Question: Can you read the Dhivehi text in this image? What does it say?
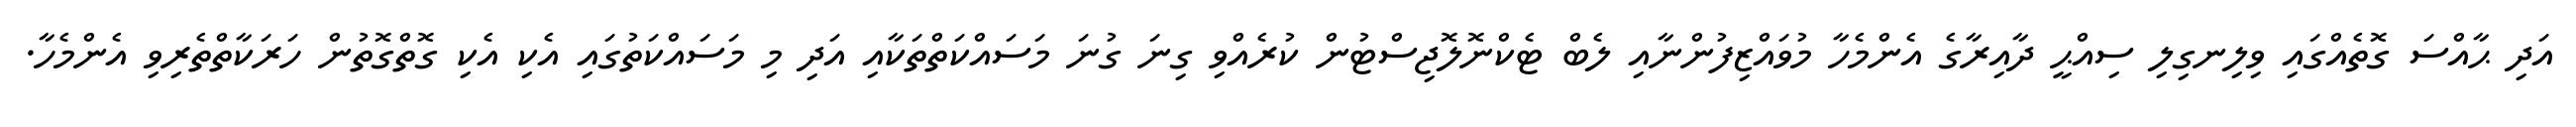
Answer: އަދި ޙާއްސަ ގޮތެއްގައި ވިލިނގިލި ސިއްޙީ ދާއިރާގެ އެންމެހާ މުވައްޒިފުންނާއި ލެބް ޓެކްނޮލޮޖިސްޓުން ކުރެއްވި ގިނަ ގުނަ މަސައްކަތްތަކާއި އަދި މި މަސައްކަތުގައި އެކި އެކި ގޮތްގޮތުން ހަރަކާތްތެރިވި އެންމެހާ.